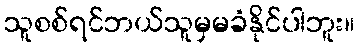
သူစစ်ရင်ဘယ်သူမှမခံနိုင်ပါဘူး။